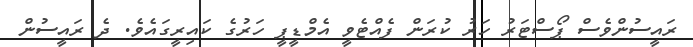
ރައީސުންވެސް ޕޯސްޓަރު ހަރު ކުރަން ފެއްޓެވީ އެމްޑީޕީ ހަރުގެ ކައިރީގައެވެ. ދެ ރައީސުން